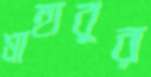
মাহাবুর